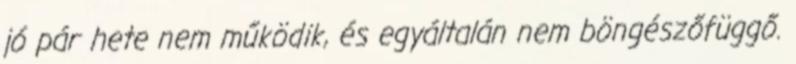
jó pár hete nem működik, és egyáltalán nem böngészőfüggő.